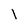
Character: I